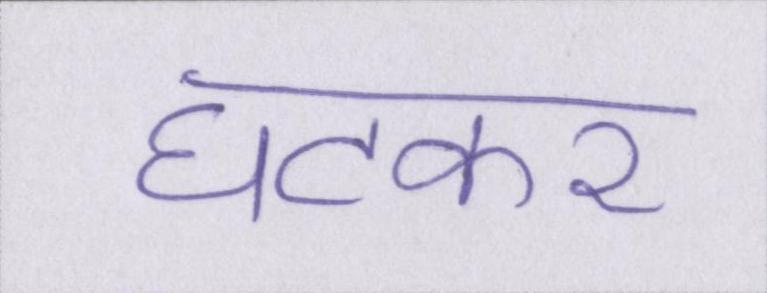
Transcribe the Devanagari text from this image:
घटकर